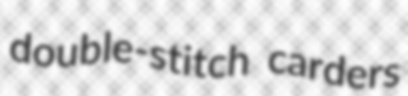
double-stitch carders